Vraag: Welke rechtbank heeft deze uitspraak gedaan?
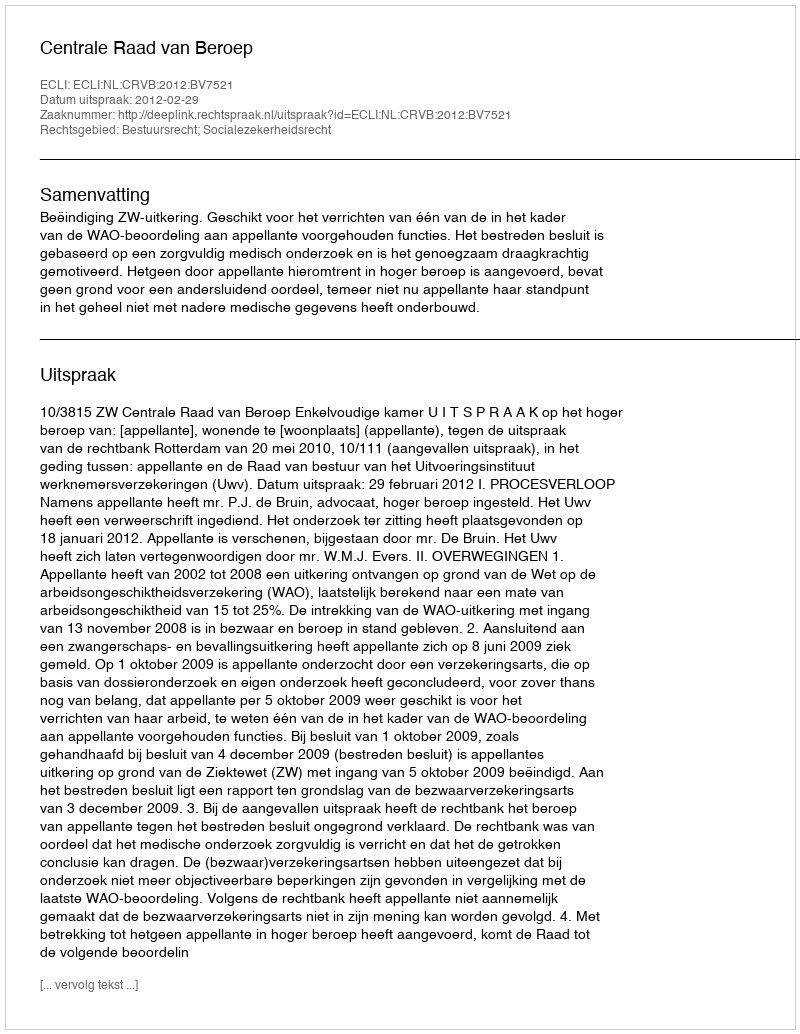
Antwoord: Centrale Raad van Beroep